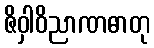
ဇိဝှါဝိညာဏဓာတု